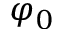
\varphi _ { 0 }